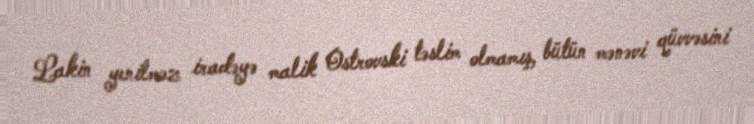
Lakin yenilməz iradəyə malik Ostrovski təslim olmamış, bütün mənəvi qüvvəsini